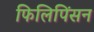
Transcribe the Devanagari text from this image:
फिलिपिंसन